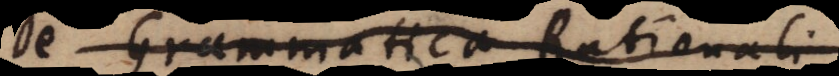
Grammatica rationa